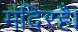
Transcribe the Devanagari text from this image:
मंदिरहै।